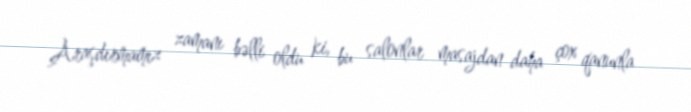
Araşdırmamız zamanı bəlli oldu ki, bu salonlar masajdan daha çox qanunla